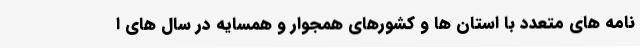
نامه های متعدد با استان ها و کشورهای همجوار و همسایه در سال های ا